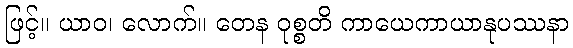
ဖြင့်။ ယာဝ၊ လောက်။ တေန ဝုစ္စတိ ကာယေကာယာနုပဿနာ